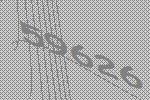
59626